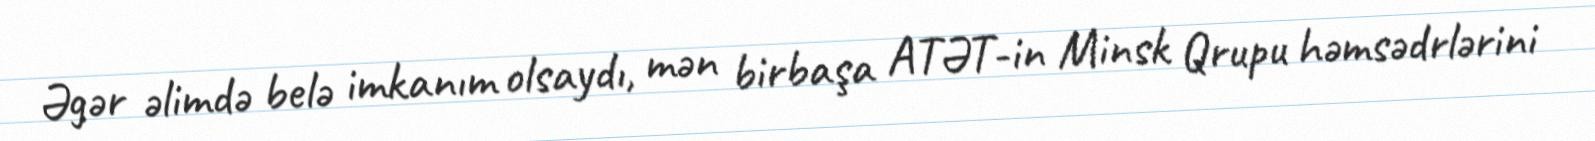
Əgər əlimdə belə imkanım olsaydı, mən birbaşa ATƏT-in Minsk Qrupu həmsədrlərini